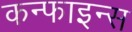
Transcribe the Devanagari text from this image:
कन्फाइन्स